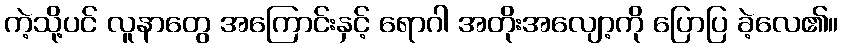
ကဲ့သို့ပင် လူနာတွေ အကြောင်းနှင့် ရောဂါ အတိုးအလျော့ကို ပြောပြ ခဲ့လေ၏။